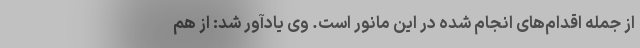
از جمله اقدام‌های انجام شده در این مانور است. وی یادآور شد: از هم